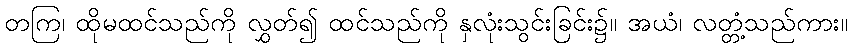
တကြ၊ ထိုမထင်သည်ကို လွှတ်၍ ထင်သည်ကို နှလုံးသွင်းခြင်း၌။ အယံ၊ လတ္တံ့သည်ကား။